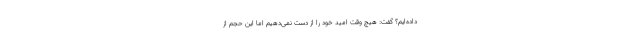
داده‌ایم؟ گفت: هیچ وقت امید خود را از دست نمی‌دهیم اما این حجم از